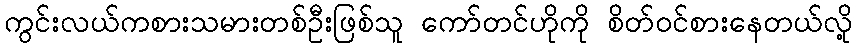
ကွင်းလယ်ကစားသမားတစ်ဦးဖြစ်သူ ကော်တင်ဟိုကို စိတ်ဝင်စားနေတယ်လို့